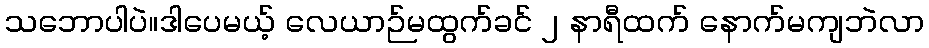
သဘောပါပဲ။ဒါပေမယ့် လေယာဉ်မထွက်ခင် ၂ နာရီထက် နောက်မကျဘဲလာ